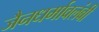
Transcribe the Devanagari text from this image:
जैनधर्मावलंबी